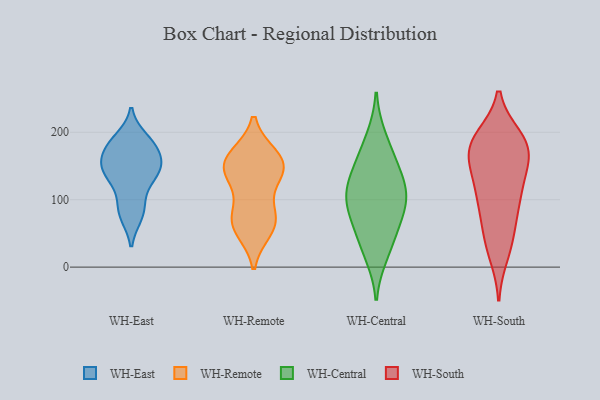
{"axis": {"x": "Shipments", "y": "Value"}, "legend": ["WH-Central", "WH-East", "WH-Remote", "WH-South"], "data": [{"x": "", "y": 184, "type": "WH-East"}, {"x": "", "y": 146, "type": "WH-East"}, {"x": "", "y": 190, "type": "WH-East"}, {"x": "", "y": 115, "type": "WH-East"}, {"x": "", "y": 175, "type": "WH-East"}, {"x": "", "y": 87, "type": "WH-East"}, {"x": "", "y": 148, "type": "WH-East"}, {"x": "", "y": 176, "type": "WH-East"}, {"x": "", "y": 77, "type": "WH-East"}, {"x": "", "y": 179, "type": "WH-East"}, {"x": "", "y": 145, "type": "WH-East"}, {"x": "", "y": 134, "type": "WH-East"}, {"x": "", "y": 147, "type": "WH-East"}, {"x": "", "y": 80, "type": "WH-East"}, {"x": "", "y": 147, "type": "WH-East"}, {"x": "", "y": 127, "type": "WH-Remote"}, {"x": "", "y": 71, "type": "WH-Remote"}, {"x": "", "y": 146, "type": "WH-Remote"}, {"x": "", "y": 56, "type": "WH-Remote"}, {"x": "", "y": 149, "type": "WH-Remote"}, {"x": "", "y": 164, "type": "WH-Remote"}, {"x": "", "y": 161, "type": "WH-Remote"}, {"x": "", "y": 149, "type": "WH-Remote"}, {"x": "", "y": 70, "type": "WH-Remote"}, {"x": "", "y": 70, "type": "WH-Remote"}, {"x": "", "y": 39, "type": "WH-Central"}, {"x": "", "y": 191, "type": "WH-Central"}, {"x": "", "y": 63, "type": "WH-Central"}, {"x": "", "y": 82, "type": "WH-Central"}, {"x": "", "y": 118, "type": "WH-Central"}, {"x": "", "y": 118, "type": "WH-Central"}, {"x": "", "y": 19, "type": "WH-Central"}, {"x": "", "y": 101, "type": "WH-Central"}, {"x": "", "y": 97, "type": "WH-Central"}, {"x": "", "y": 147, "type": "WH-Central"}, {"x": "", "y": 159, "type": "WH-Central"}, {"x": "", "y": 181, "type": "WH-South"}, {"x": "", "y": 107, "type": "WH-South"}, {"x": "", "y": 65, "type": "WH-South"}, {"x": "", "y": 173, "type": "WH-South"}, {"x": "", "y": 152, "type": "WH-South"}, {"x": "", "y": 114, "type": "WH-South"}, {"x": "", "y": 192, "type": "WH-South"}, {"x": "", "y": 160, "type": "WH-South"}, {"x": "", "y": 50, "type": "WH-South"}, {"x": "", "y": 183, "type": "WH-South"}, {"x": "", "y": 19, "type": "WH-South"}, {"x": "", "y": 85, "type": "WH-South"}, {"x": "", "y": 188, "type": "WH-South"}, {"x": "", "y": 30, "type": "WH-South"}, {"x": "", "y": 189, "type": "WH-South"}, {"x": "", "y": 157, "type": "WH-South"}, {"x": "", "y": 104, "type": "WH-South"}, {"x": "", "y": 128, "type": "WH-South"}]}